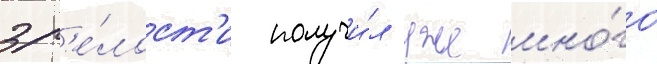
зр'е́лост'и получи́л уже мно́го